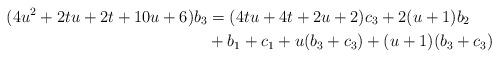
LaTeX: \begin{align*}(4u^2+2tu+2t+10u+6)b_3 & =(4tu+4t+2u+2)c_3+2(u+1)b_2 \\ & +b_1+c_1+u(b_3+c_3)+(u+1)(b_3+c_3)\end{align*}